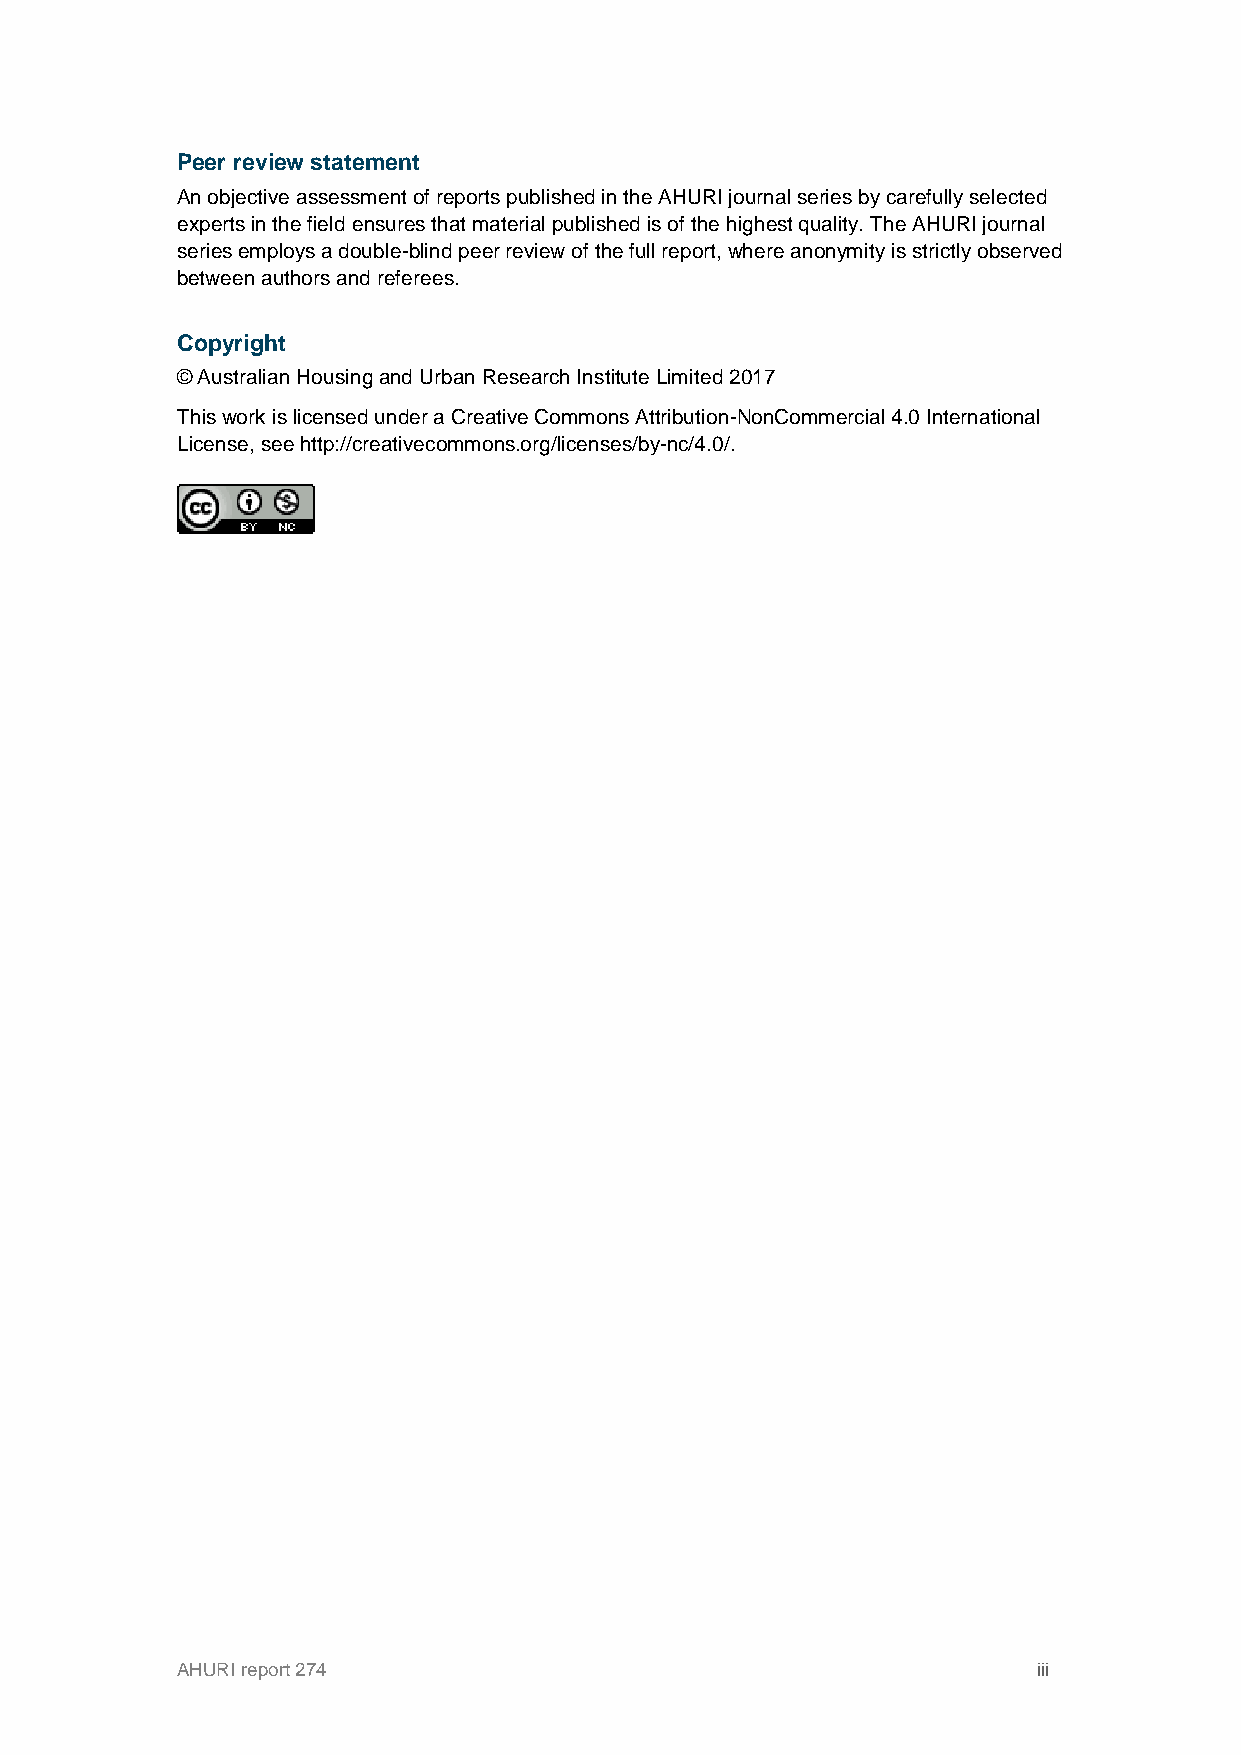
Peer review statement
 An objective assessment of reports published in the AHURI journal series by carefully selected
 experts in the field ensures that material published is of the highest quality. The AHURI journal
 series employs a double-blind peer review of the full report, where anonymity is strictly observed
 between authors and referees.
 Copyright
 © Australian Housing and Urban Research Institute Limited 2017
 This work is licensed under a Creative Commons Attribution-NonCommercial 4.0 International
 License, see http://creativecommons.org/licenses/by-nc/4.0/.
 AHURI report 274                                         iii